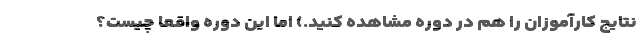
نتایج کارآموزان را هم در دوره مشاهده کنید.) اما این دوره واقعا چیست؟